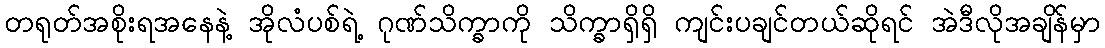
တရုတ်အစိုးရအနေနဲ့ အိုလံပစ်ရဲ့ ဂုဏ်သိက္ခာကို သိက္ခာရှိရှိ ကျင်းပချင်တယ်ဆိုရင် အဲဒီလိုအချိန်မှာ